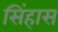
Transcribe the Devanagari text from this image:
सिंहास